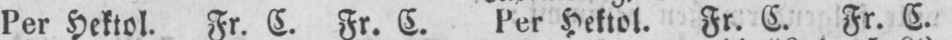
Per Hektol. Fr. C. Fr. C. Per Hektol. Fr. C. Fr. C.